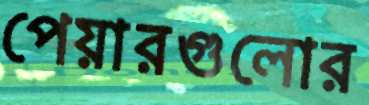
পেয়ারগুলোর